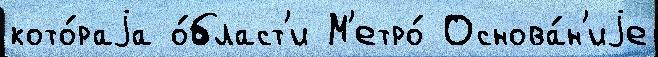
кото́раjа о́бласт'и М'етро́ Основа́н'иjе